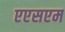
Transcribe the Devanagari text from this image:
एएसएम